Senior Leaving Certificate Examination (including Day School Certificate (Higher) General paper), 1950
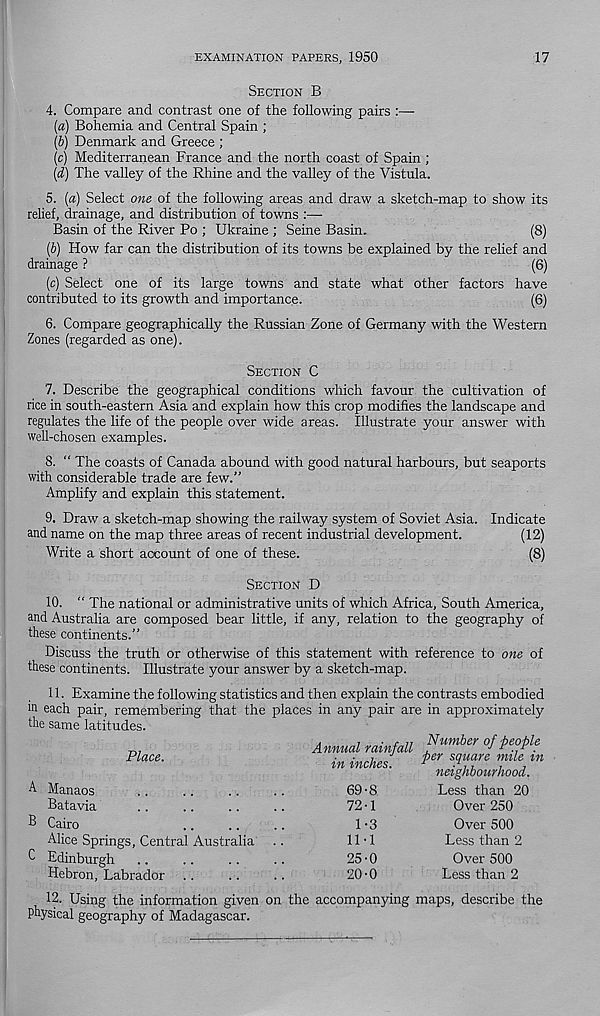
EXAMINATION PAPERS, 1950
17
SECTION B
4. Compare and contrast one of the following pairs :—
(a) Bohemia and Central Spain ;
(b) Denmark and Greece ;
(c) Mediterranean France and the north coast of Spain ;
(d) The valley of the Rhine and the valley of the Vistula.
5. (a) Select one of the following areas and draw a sketch-map to show its
relief, drainage, and distribution of towns :—
Basin of the River Po ; Ukraine ; Seine Basin.
(8)
[b) How far can the distribution of its towns be explained by the relief and
drainage ?
(6)
(c) Select one of its large towns and state what other factors have
contributed to its growth and importance.
(6)
6. Compare geographically the Russian Zone of Germany with the Western
Zones (regarded as one).
SECTION C
7.
Describe the geographical conditions which favour the cultiv
rice in south-eastern Asia and explain how this crop modifies the landscape and
regulates the life of the people over wide areas. Illustrate your answer with
well-chosen examples.
8. “ The coasts of Canada abound with good natural harbours, but seaports
with considerable trade are few.”
Amplify and explain this statement.
9. Draw a sketch-map showing the railway system of Soviet Asia. Indicate
and name on the map three areas of recent industrial development.
(12)
Write a short account of one of these.
(8)
SECTION D
10.
“ The national or administrative units of which Africa, South
and Australia are composed bear little, if any, relation to the geography of
these continents.”
Discuss the truth or otherwise of this statement with reference to one of
these continents. Illustrate your answer by a sketch-map.
11.
Examine the following statistics and then explain the contrasts
in each pair, remembering that the places in any pair are in approximately
the same latitudes.
Place.
A Manaos
Batavia
B Cairo
Alice Springs, Central Australia
C Edinburgh
Hebron, Labrador
Annual rainfall
in inches.
69-8
72-1
1-3
1M
25-0
20-0
Number of people
per square mile in
neighbourhood.
Less than 20
Over 250
Over 500
Less than 2
Over 500
Less than 2
12.
Using the information given on the accompanying maps, des
physical geography of Madagascar.